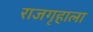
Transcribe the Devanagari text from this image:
राजगृहाला